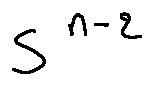
s ^ { n - 2 }